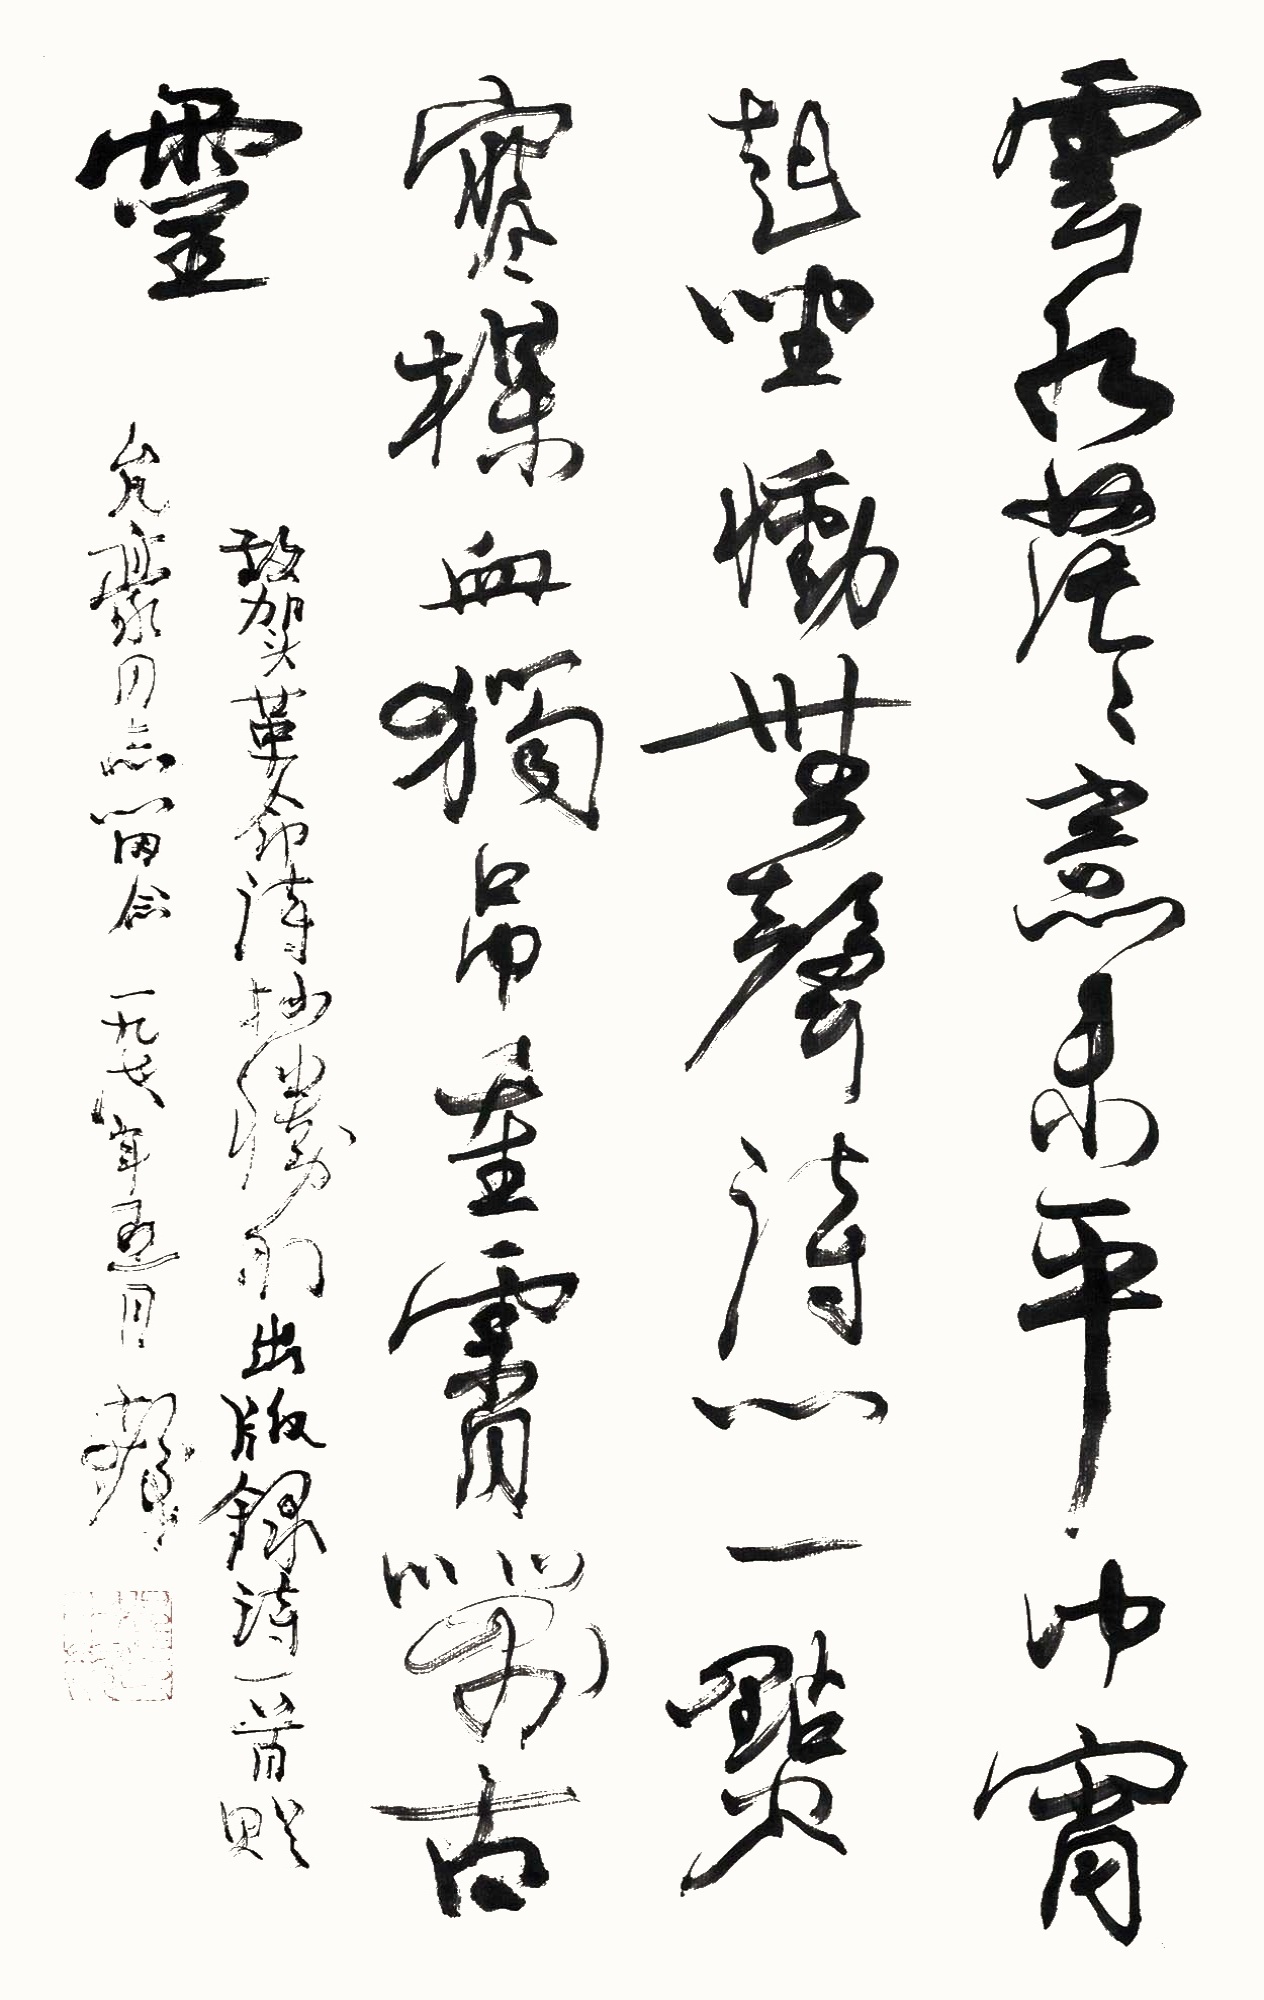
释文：云水茫茫意未平，中宵起坐恸无声。诗心一点寒梅血，独吊重霄万古灵。敬贺革命诗抄胜利出版，录诗一首赠允豪同志留念。一九七八年五月，十发。